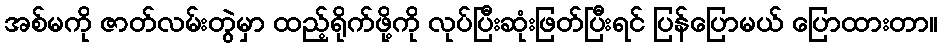
အစ်မကို ဇာတ်လမ်းတွဲမှာ ထည့်ရိုက်ဖို့ကို လုပ်ပြီးဆုံးဖြတ်ပြီးရင် ပြန်ပြောမယ် ပြောထားတာ။